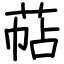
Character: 萜